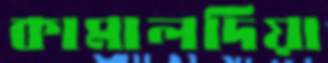
কামালদিয়া